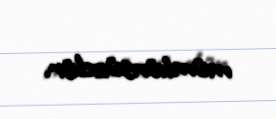
mümkünsüzdür.